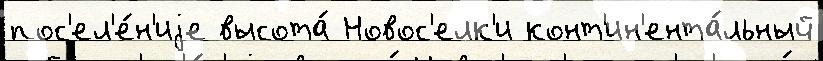
пос'ел'е́н'иjе высота́ Новос'елк'и конт'ин'ента́льный